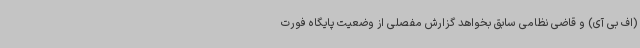
(اف بی آی) و قاضی نظامی سابق بخواهد گزارش مفصلی از وضعیت پایگاه فورت